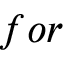
f o r